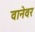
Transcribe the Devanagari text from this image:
वानेवर